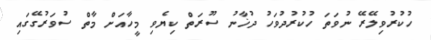
ހުކުރުވިލޭރޭ ނުވަތަ ހުކުރުދުވަހު ދުޚާނު ސޫރަތް ކިޔެވި މީހާއަށް މާތް ސުވަރުގޭގައި